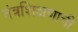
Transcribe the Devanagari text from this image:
तंत्रशिक्षणाची